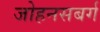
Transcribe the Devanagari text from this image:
जोहनसबर्ग